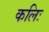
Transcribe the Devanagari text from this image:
कलिः